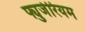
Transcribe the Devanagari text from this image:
फ्युजेरियम